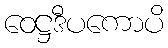
ဝေဋ္ဌဒီပကောပိ